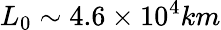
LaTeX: L_{0}\sim 4.6\times 10^{4}km